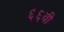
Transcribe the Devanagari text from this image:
६६वी